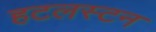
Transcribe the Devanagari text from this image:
हटलस्टन